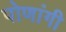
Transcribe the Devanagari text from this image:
पोणांगी